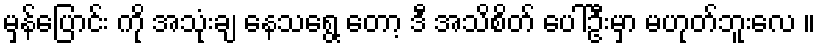
မှန်ပြောင်း ကို အသုံးချ နေသရွေ့ တော့ ဒီ အသိစိတ် ပေါ်ဦးမှာ မဟုတ်ဘူးလေ ။